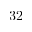
3 2